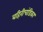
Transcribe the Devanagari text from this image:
बहिरीचंडिका